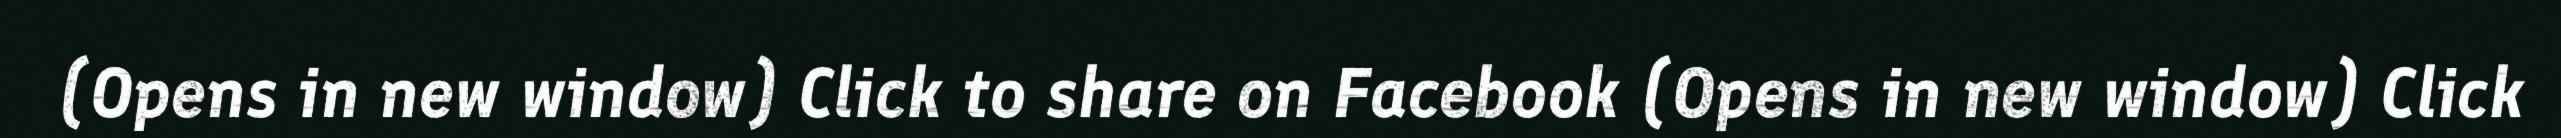
(Opens in new window) Click to share on Facebook (Opens in new window) Click